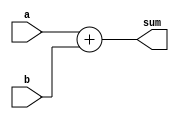
module adder(
    input [15:0] a, b,
	 output [15:0] sum );
    assign sum = a + b;
endmodule